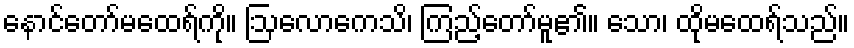
နောင်တော်မထေရ်ကို။ ဩလောကေသိ၊ ကြည့်တော်မူ၏။ သော၊ ထိုမထေရ်သည်။